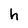
Character: h